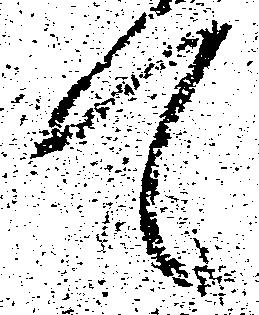
て